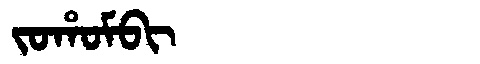
Manchu: ᠵᠣᡥᠣᠮᠪᡳ
Romanization: JOHOMBI